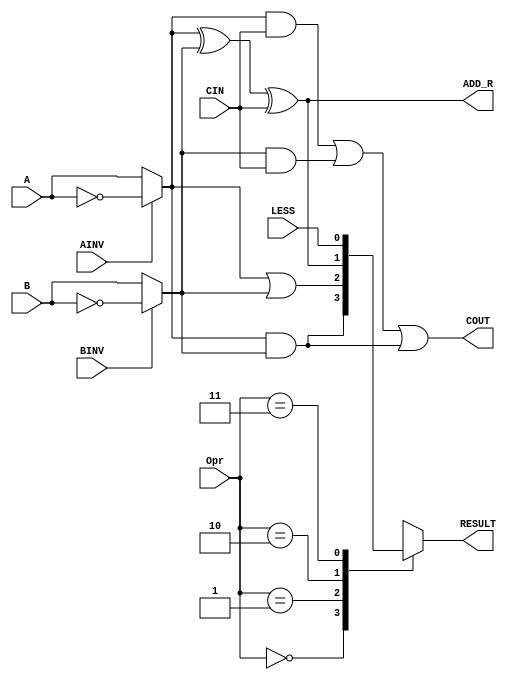
// EE457 
// ee457_lab3_4bit_ALU Lab
// Written by Nasir Mohyuddin, Gandhi Puvvada 
// June 17, 2010, 
// 4-Bit ALU Module
// This file contains both modules:
// 1. a 1-bit ALU building block (based on figure C.5.9 of the 4th edition of  
//    the textbook, which is same as figure B.5.9 of the 3rd edition), and
// 2. a 4-bit ALU built by instantiating 4 of the above building blocks and 
//    adding needed glue logic for SLT implementation (based on figure C.5.12 of the 
//    4th edition of the textbook, which is same as figure B.5.12 of the 3rd edition)
//-------------------------------------------------------------------------------

// 1-bit ALU building block alu_1_bit
`timescale 1 ns / 100 ps

module alu_1_bit (A, B, CIN, LESS, AINV, BINV, Opr, RESULT, COUT, ADD_R);

input A, B, CIN, LESS, AINV, BINV;
input [1:0] Opr;
output RESULT, ADD_R, COUT;

reg RESULT, COUT, ADD_R;
         
always @(*) // same as   always @(A, B, Ainv, Binv, CIN, Opr, LESS) 
  
	  begin  : combinational_logic // named procedural block
	  // local declarations in the named procedural block
	  reg RESULT_AND, RESULT_OR, RESULT_ADD_SUB, RESULT_SLT;
	  reg Am, Bm; // Am is the A at the output of the mux controlled by AINV; Similarly Bm
  
		Am = AINV ? ~A : A;  	//  fill-in   ~A : A    or  A : ~A  
		Bm = BINV ? ~B : B;		//  fill-in   ~B : B    or  B : ~B 

		// fill-in the following lines using Am, Bm, CIN
		RESULT_AND = Am & Bm;
		RESULT_OR  = Am | Bm;
		ADD_R = Am ^ Bm ^ CIN;
		RESULT_ADD_SUB = ADD_R;
		RESULT_SLT = LESS;
		COUT   = (Am & CIN) | (Bm & CIN) | (Am & Bm); // (Am & Bm) | (CIN & (Am ^ Bm));
		
		case (Opr)
				0	: // 2'b00 Logical AND Function
				  begin
					RESULT = RESULT_AND; 
				  end
				1	: // 2'b01 Logical OR Function
				  begin
					RESULT = RESULT_OR; 
				  end 
				 2	: // 2'b10 Arithmatic addition or subtract depending on the value of BINV
					begin        
					 RESULT = RESULT_ADD_SUB;
					end
				 3	: // 2'b11 for the SLT A, B instruction ( if A < B, RESULT =1)
					begin
					 RESULT = RESULT_SLT;
					end
						
		  endcase
	   end 
endmodule
//-------------------------------------------------------------------------------
`timescale 1 ns / 100 ps

module alu_4_bit (A, B, AINV, BNEG, Opr, RESULT, OVERFLOW, ZERO, COUT);

input [3:0] A, B;
input  AINV, BNEG;
input [1:0] Opr;

output[3:0] RESULT;
output OVERFLOW, ZERO, COUT;

//LOCAL SIGNALS;
wire COUT1, COUT2, COUT3, COUT4;
wire BINV, SET, LESS_0;
wire [3:0] ADD_R;

assign BINV = BNEG;
assign CIN = BNEG;

assign COUT = COUT4; // ^ BNEG;
assign OVERFLOW = COUT3 ^ COUT4; // fill-in this line
assign SET = ADD_R[3];
assign LESS_0 = OVERFLOW ^ SET; // fill-in this line
assign ZERO = 	~( RESULT[0] | RESULT[1] | RESULT[2] | RESULT[3] );  // correct this line !!!! *****

// instantiate the alu_1_bit. Follow the order carefully if you are using positional association (positional mapping)
// module alu_1_bit (A, B, CIN, LESS, AINV, BINV, Opr, RESULT, COUT, ADD_R);
alu_1_bit alu0 (A[0], B[0],   CIN,  SET, AINV, BINV, Opr, RESULT[0], COUT1, ADD_R[0]); // fill-in this line
alu_1_bit alu1 (A[1], B[1], COUT1, 1'b0, AINV, BINV, Opr, RESULT[1], COUT2, ADD_R[1]);
alu_1_bit alu2 (A[2], B[2], COUT2, 1'b0, AINV, BINV, Opr, RESULT[2], COUT3, ADD_R[2]);
alu_1_bit alu3 (A[3], B[3], COUT3, 1'b0, AINV, BINV, Opr, RESULT[3], COUT4, ADD_R[3]);
        
endmodule